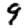
Digit: 9